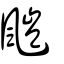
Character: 𩘥